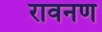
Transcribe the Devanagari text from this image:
रावनण